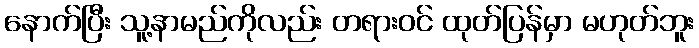
နောက်ပြီး သူ့နာမည်ကိုလည်း တရားဝင် ထုတ်ပြန်မှာ မဟုတ်ဘူး